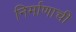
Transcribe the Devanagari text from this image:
निर्माणाची